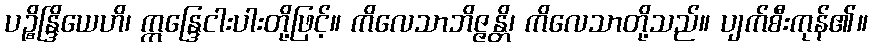
ပဉ္စိန္ဒြိယေဟိ၊ ဣန္ဒြေငါးပါးတို့ဖြင့်။ ကိလေသာဘိဇ္ဇန္တိ၊ ကိလေသာတို့သည်။ ပျက်စီးကုန်၏။